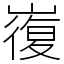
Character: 㠅